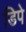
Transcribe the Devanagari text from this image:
डिपे